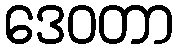
ဒေဝတာ